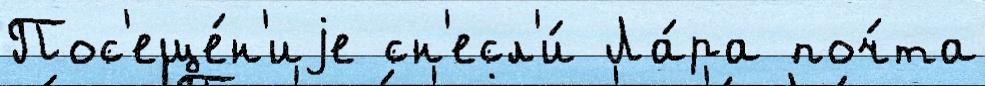
Пос'еще́н'иjе сн'есл'и́ Ла́ра поч́та